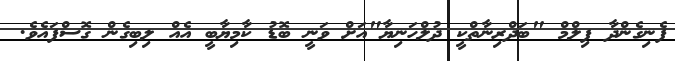
ފެނިގެންދާ ފިލްމް "ބަދްރިނާތްކީ ދުލްހަނިޔާ"އަށް ވަނީ ބޮޑު ކާމިޔާބީ އެއް ލިބިގެން ގޮސްފައެވެ.